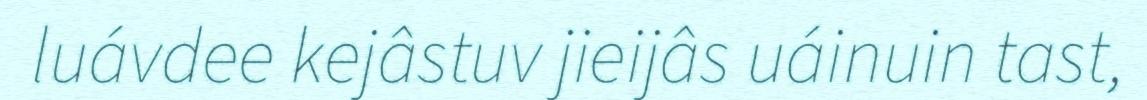
luávdee kejâstuv jieijâs uáinuin tast,